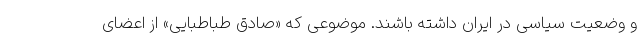
و وضعیت سیاسی در ایران داشته باشند. موضوعی که «صادق طباطبایی» از اعضای